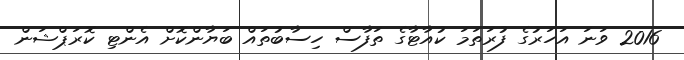
2016 ވަނަ އަހަރުގެ ފުރަތަމަ ކުއާޓާގެ ތަފާސް ހިސާބުތައް ބަޔާންކޮށް އެންޓި ކޮރަޕްޝަން